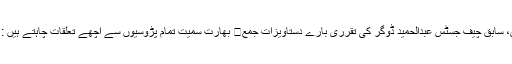
غداری کیس، سابق چیف جسٹس عبدالحمید ڈوگر کی تقرری بارے دستاویزات جمع	 بھارت سمیت تمام پڑوسیوں سے اچھے تعلقات چاہتے ہیں : نواز شریف